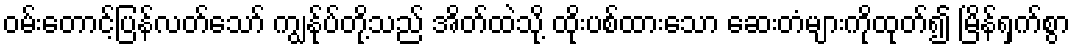
ဝမ်းတောင့်ပြန်လတ်သော် ကျွန်ုပ်တို့သည် အိတ်ထဲသို့ ထိုးပစ်ထားသော ဆေးတံများကိုထုတ်၍ မြိန်ရှက်စွာ